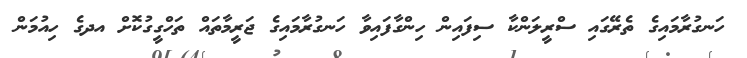
ހަނގުރާމައިގެ ތެރޭގައި ސްރީލަންކާ ސިފައިން ހިންގާފައިވާ ހަނގުރާމައިގެ ޖަރީމާތައް ތަހްގީގުކޮށް އދގެ ހިއުމަން